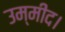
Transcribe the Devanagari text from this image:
उम्मीद।